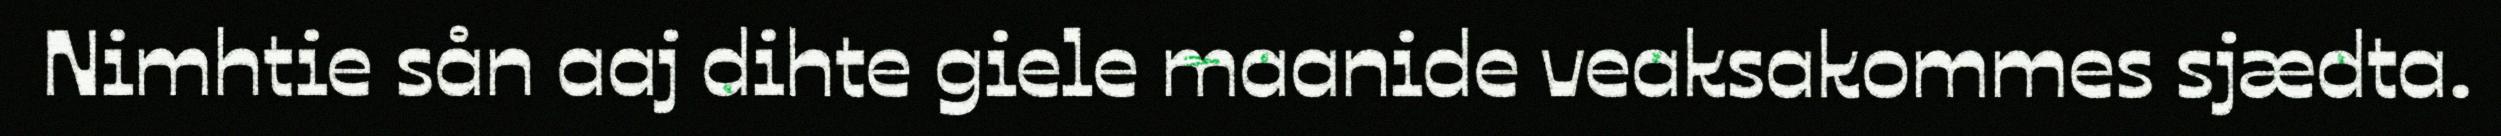
Nimhtie sån aaj dihte giele maanide veaksakommes sjædta.